Lunatic asylums in Bengal annual reports 1888-1898 - 1888-1898
Year: 1888
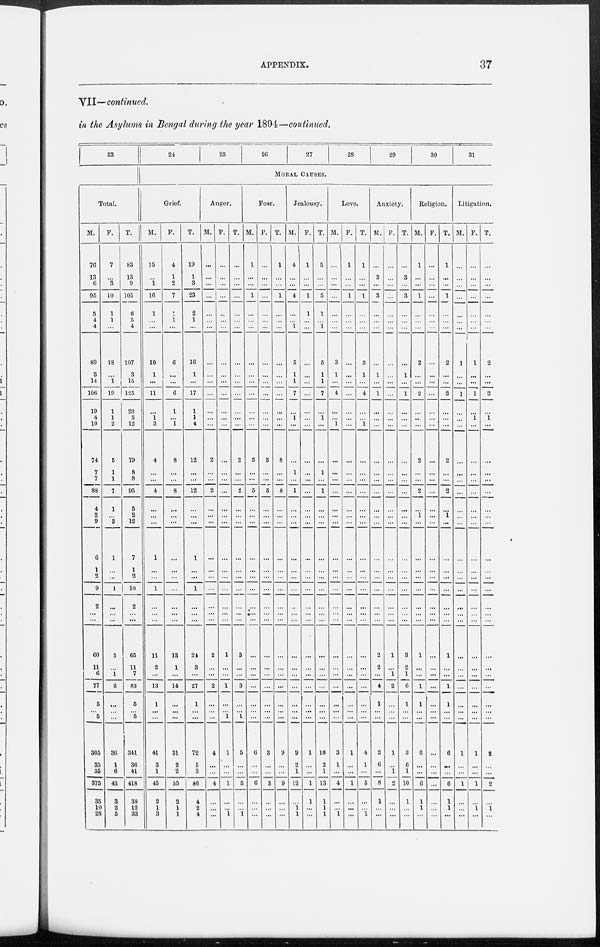
APPENDIX.
37
VII—continued.
in the Asylums in Bengal during the year 1894—continued.
23
Total.
M.
76
13
6
95
5
4
4
89
3
14
106
19
4
10
74
7
7
88
4
2
9
6
1
2
9
2
...
...
60
11
6
77
5
...
5
305
35
35
375
35
10
28
F.
7
...
3
10
1
1
...
18
...
1
19
1
1
2
5
1
1
7
1
...
3
1
...
...
1
...
...
...
5
1
6
...
...
...
36
1
6
43
3
2
5
T.
83
13
9
105
6
5
4
107
3
15
125
20
5
12
79
8
8
95
5
2
12
7
1
2
10
2
...
...
65
11
7
83
5
...
5
341
36
41
418
38
12
33
24
25
26
27
28
29
30
31
MORAL CAUSES.
Grief.
M.
15
...
1
10
1
...
...
10
1
...
11
...
1
3
4
...
...
4
...
...
...
1
...
...
1
...
...
...
11
2
...
13
1
...
...
41
3
1
45
2
1
3
F.
4
1
2
7
1
1
...
6
...
...
6
1
...
1
8
...
...
8
...
...
...
...
...
...
...
...
...
...
13
1
...
14
...
...
...
31
2
2
35
2
1
1
T.
19
1
3
23
2
1
...
16
1
...
17
1
1
4
12
...
...
12
...
...
...
1
...
...
1
...
...
...
24
3
...
27
1
...
...
72
5
3
80
4
2
4
Anger.
M.
...
...
...
...
...
...
...
...
...
...
...
...
...
...
2
...
...
2
...
...
...
...
...
...
...
...
...
...
2
...
...
2
...
...
...
4
...
...
4
...
...
...
F.
...
...
...
...
...
...
...
...
...
...
...
...
...
...
...
...
...
...
...
...
...
...
...
...
...
...
1
...
...
1
...
...
1
1
...
...
1
...
...
1
T.
...
...
...
...
...
...
...
...
...
...
...
...
...
...
2
...
...
2
...
...
...
...
...
...
...
...
...
...
3
...
...
3
...
1
5
...
...
5
...
...
1
Fear.
M.
1
...
...
1
...
...
...
...
...
...
...
...
...
...
5
...
...
5
...
...
...
...
...
...
...
...
...
...
...
...
...
...
...
...
...
6
...
...
6
...
...
...
F.
...
...
...
...
...
...
...
...
...
...
...
...
...
...
3
...
...
3
...
...
...
...
...
...
...
...
...
...
...
...
...
...
...
...
...
3
...
...
3
...
...
...
T.
1
...
1
1
...
...
...
...
...
...
...
...
...
...
8
...
...
8
...
...
...
...
...
...
...
...
...
...
...
...
...
...
...
...
...
9
...
...
9
...
...
...
Jealousy.
M.
4
...
...
4
...
...
1
5
1
1
7
...
1
...
...
1
...
1
...
...
...
...
...
...
...
...
...
...
...
...
...
...
...
...
...
9
2
1
12
...
1 1
F.
1
...
...
1
1
...
...
...
...
...
...
...
...
...
...
...
...
...
...
...
...
...
...
...
...
...
...
...
...
...
...
...
...
...
...
1
...
...
1
1
...
...
T.
5
...
...
5
1
...
1
5
1
1
7
...
1
...
...
1
...
1
...
...
...
...
...
...
...
...
...
...
...
...
...
...
...
...
...
10
2
1
13
1
1
1
Love.
M.
...
...
...
...
...
...
...
3
1
...
4
...
...
1
...
...
...
...
...
...
...
...
...
...
...
...
...
...
...
...
...
...
...
...
...
3
1
...
4
...
...
1
F.
1
...
...
1
...
...
...
...
...
...
...
...
...
...
...
...
...
...
...
...
...
...
...
...
...
...
...
...
...
...
...
...
...
...
...
1
...
...
1
...
...
...
T.
1
...
...
1
...
...
...
3
1
...
4
...
...
1
...
...
...
...
...
...
...
...
...
...
...
...
...
...
...
...
...
...
...
...
...
4
1
...
5
...
...
1
Anxiety.
M.
...
3
...
3
...
...
...
...
1
...
1
...
...
...
...
...
...
...
...
...
...
...
...
...
...
...
...
2
2
...
4
1
...
...
2
6
...
8
1
...
...
F.
...
...
...
...
...
...
...
...
...
...
...
...
...
...
...
...
...
...
...
...
...
...
...
...
...
...
...
...
1
...
1
2
...
...
...
1
...
1
2
...
...
...
T.
...
3
...
3
...
...
...
...
1
...
1
...
...
...
...
...
...
...
...
...
...
...
...
...
...
...
...
...
3
2
1
6
1
...
...
3
6
1
10
1
...
...
Religion.
M.
1
...
...
1
...
...
...
2
...
...
2
...
...
...
2
...
...
2
...
1
...
...
...
...
...
...
...
1
...
...
1
1
...
...
6
...
...
6
1
1
...
F.
...
...
...
...
...
...
...
...
...
...
...
...
...
...
...
...
...
...
...
...
...
...
...
...
...
...
...
...
...
...
...
...
...
...
...
...
...
...
...
...
...
...
T.
1
...
...
1
...
...
...
2
...
...
2
...
...
...
2
...
...
2
...
1
...
...
...
...
...
...
...
...
1
...
...
1
1
...
...
6
...
...
6
1
1
...
Litigation.
M.
...
...
...
...
...
...
...
1
...
...
1
...
...
...
...
...
...
...
...
...
...
...
...
...
...
...
...
...
...
...
...
...
...
...
...
1
...
...
1
...
...
...
F.
...
...
...
...
...
...
...
1
...
...
1
...
1
...
...
...
...
...
...
...
...
...
...
...
...
...
...
...
...
...
...
...
...
...
...
1
...
...
1
...
1
...
T.
...
...
...
...
...
...
...
2
...
...
2
...
1
...
...
...
...
...
...
...
...
...
...
...
...
...
...
...
...
...
...
...
...
...
...
2
...
...
2
...
1
...